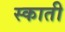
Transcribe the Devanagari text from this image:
स्काती